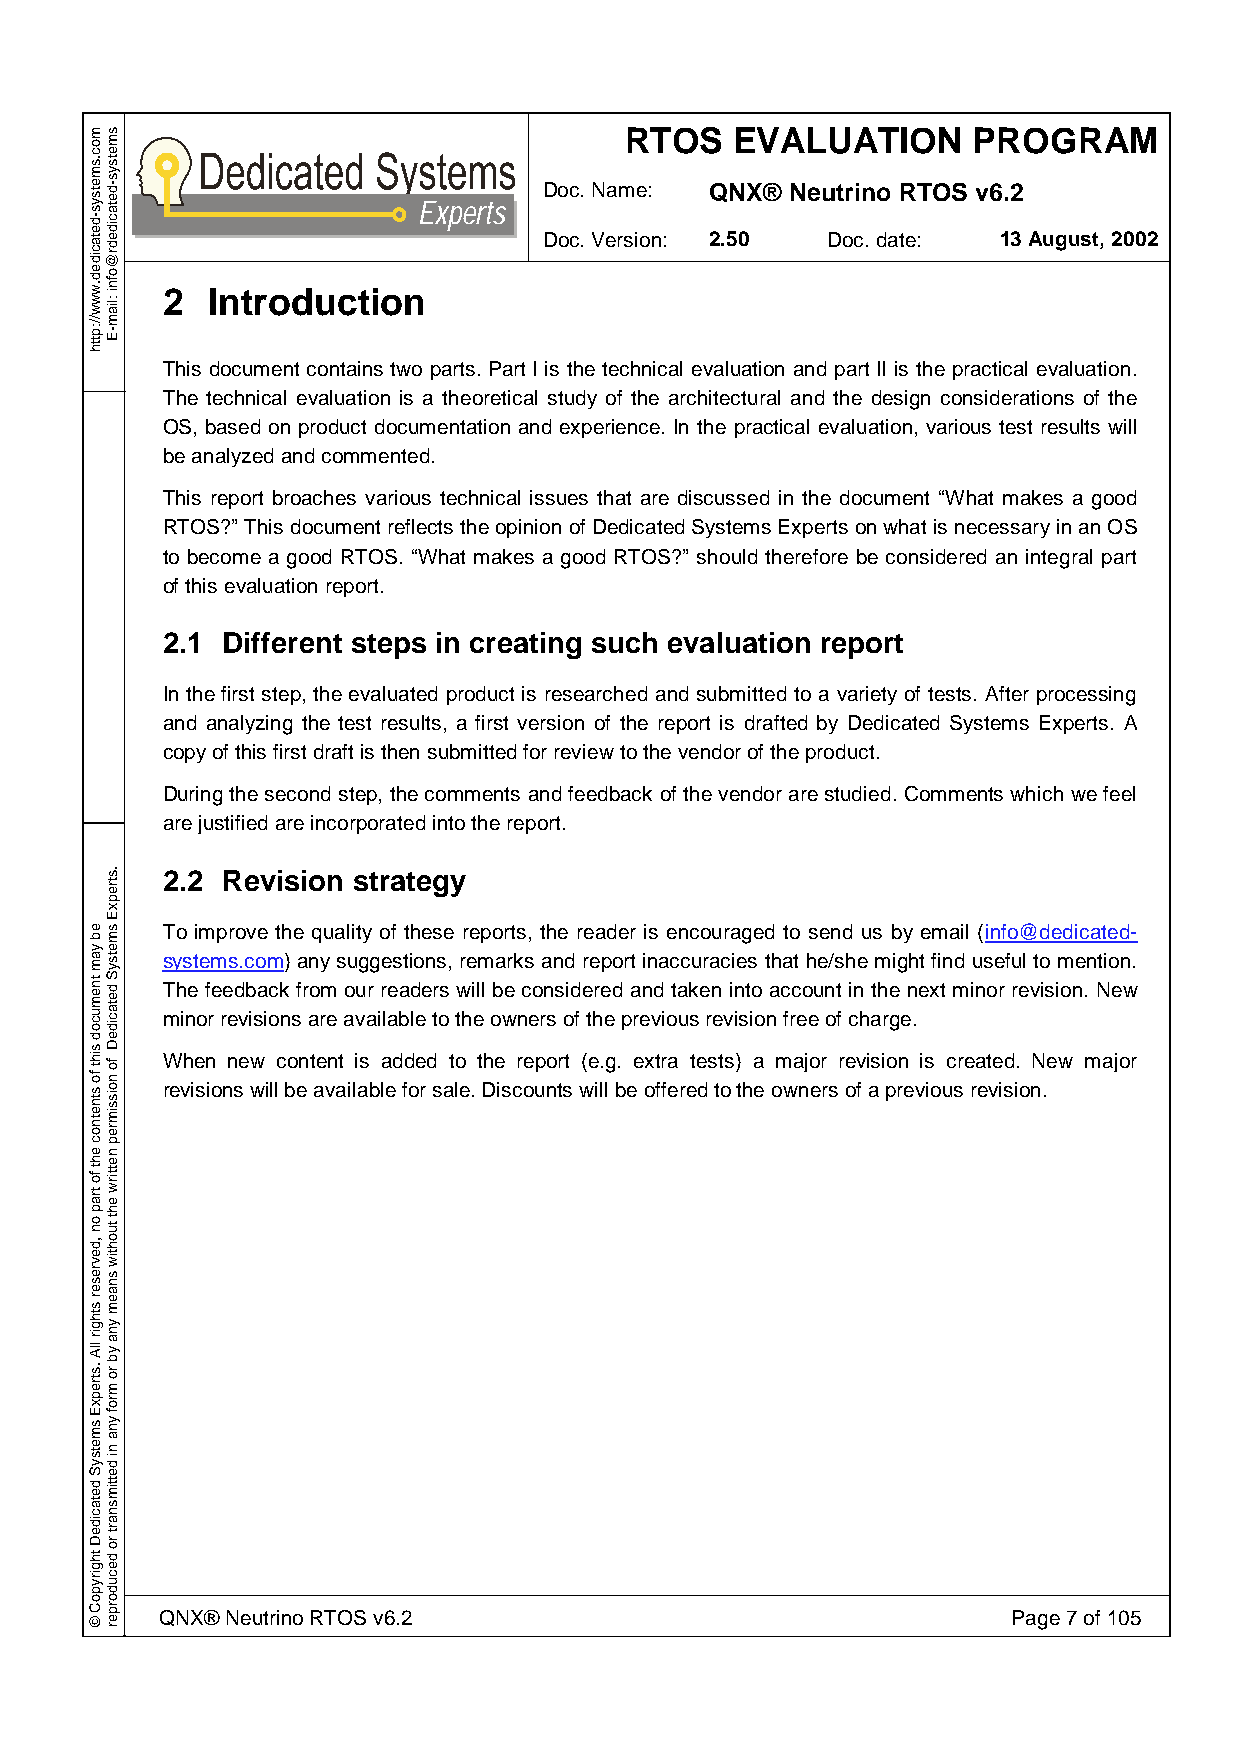
RTOS    EVALUATION     PROGRAM
 Doc. Name: QNX® Neutrino RTOS v6.2
 Experts
 Doc. Version: 2.50 Doc. date: 13 August, 2002
 2  Introduction
 This document contains two parts. Part I is the technical evaluation and part II is the practical evaluation.
 The technical evaluation is a theoretical study of the architectural and the design considerations of the
 OS, based on product documentation and experience. In the practical evaluation, various test results will
 be analyzed and commented.
 This report broaches various technical issues that are discussed in the document “What makes a good
 RTOS?” This document reflects the opinion of Dedicated Systems Experts on what is necessary in an OS
 to become a good RTOS. “What makes a good RTOS?” should therefore be considered an integral part
 of this evaluation report.
 2.1 Different steps in creating such evaluation report
 In the first step, the evaluated product is researched and submitted to a variety of tests. After processing
 and analyzing the test results, a first version of the report is drafted by Dedicated Systems Experts. A
 copy of this first draft is then submitted for review to the vendor of the product.
 During the second step, the comments and feedback of the vendor are studied. Comments which we feel
 are justified are incorporated into the report.
 2.2 Revision strategy
 To improve the quality of these reports, the reader is encouraged to send us by email (info@dedicated-
 systems.com) any suggestions, remarks and report inaccuracies that he/she might find useful to mention.
 The feedback from our readers will be considered and taken into account in the next minor revision. New
 minor revisions are available to the owners of the previous revision free of charge.
 When new content is added to the report (e.g. extra tests) a major revision is created. New major
 revisions will be available for sale. Discounts will be offered to the owners of a previous revision.
 QNX® Neutrino RTOS v6.2                                 Page 7 of 105
 moc.smetsys-detacided.www//:ptth
 eb
 yam
 tnemucod
 siht
 fo
 stnetnoc
 eht
 fo
 trap
 on
 ,devreser
 sthgir
 llA
 .strepxE
 smetsyS
 detacideD
 thgirypoC
 ©
 smetsys-detacidedr@ofni
 :liam-E
 .strepxE
 smetsyS
 detacideD
 fo
 noissimrep
 nettirw
 eht
 tuohtiw
 snaem
 yna
 yb
 ro
 mrof
 yna
 ni
 dettimsnart
 ro
 decudorper